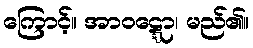
ကြောင့်။ အာဝဋ္ဋော၊ မည်၏။